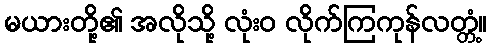
မယားတို့၏ အလိုသို့ လုံးဝ လိုက်ကြကုန်လတ္တံ့။